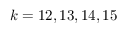
k = 1 2 , 1 3 , 1 4 , 1 5